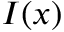
I ( x )